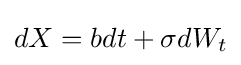
dX=bdt+\sigma dW_{t}